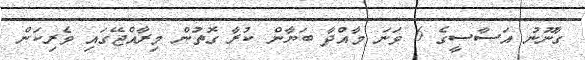
ގާނޫނު އަސާސީގެ 6 ވަނަ މާއްދާ ބަޔާން ކުރާ ގޮތުން މިރާއްޖޭގައި ވެރިކަން